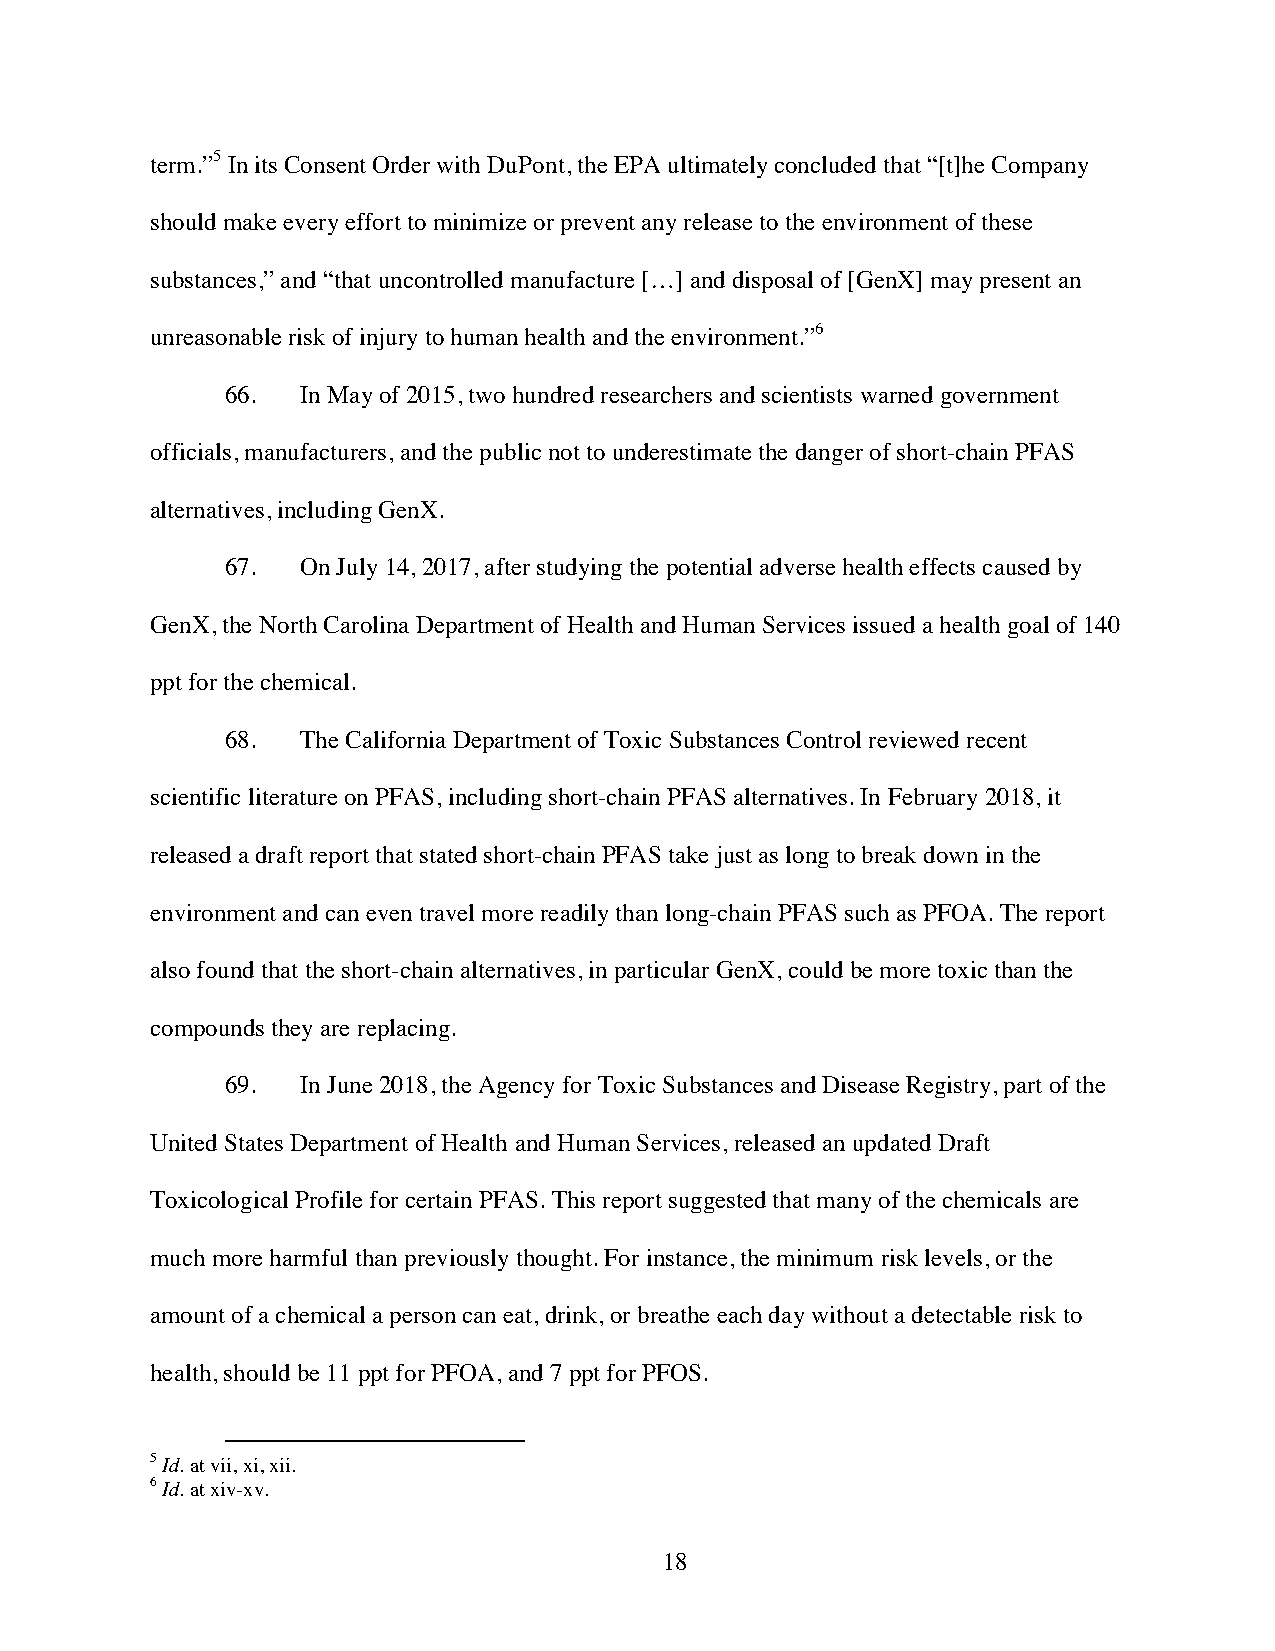
term.”5 In its Consent Order with DuPont, the EPA ultimately concluded that “[t]he Company
 should make every effort to minimize or prevent any release to the environment of these
 substances,” and “that uncontrolled manufacture […] and disposal of [GenX] may present an
 unreasonable risk of injury to human health and the environment.”6
 66.  In May of 2015, two hundred researchers and scientists warned government
 officials, manufacturers, and the public not to underestimate the danger of short-chain PFAS
 alternatives, including GenX.
 67.  On July 14, 2017, after studying the potential adverse health effects caused by
 GenX, the North Carolina Department of Health and Human Services issued a health goal of 140
 ppt for the chemical.
 68.  The California Department of Toxic Substances Control reviewed recent
 scientific literature on PFAS, including short-chain PFAS alternatives. In February 2018, it
 released a draft report that stated short-chain PFAS take just as long to break down in the
 environment and can even travel more readily than long-chain PFAS such as PFOA. The report
 also found that the short-chain alternatives, in particular GenX, could be more toxic than the
 compounds they are replacing.
 69.  In June 2018, the Agency for Toxic Substances and Disease Registry, part of the
 United States Department of Health and Human Services, released an updated Draft
 Toxicological Profile for certain PFAS. This report suggested that many of the chemicals are
 much more harmful than previously thought. For instance, the minimum risk levels, or the
 amount of a chemical a person can eat, drink, or breathe each day without a detectable risk to
 health, should be 11 ppt for PFOA, and 7 ppt for PFOS.
 5 Id. at vii, xi, xii.
 6 Id. at xiv-xv.
 18